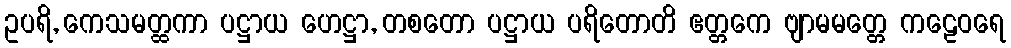
ဥပရိ, ကေသမတ္ထကာ ပဋ္ဌာယ ဟေဋ္ဌာ, တစတော ပဋ္ဌာယ ပရိတောတိ ဧတ္တကေ ဗျာမမတ္တေ ကဠေဝရေ